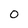
Character: 0